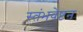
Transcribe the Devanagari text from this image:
स्तंभवेष्टन